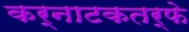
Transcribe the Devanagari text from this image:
कर्नाटकतर्फे